Vaccination United Provinces of Agra and Oudh 1902-1913 - 1902-1913
Year: 1902
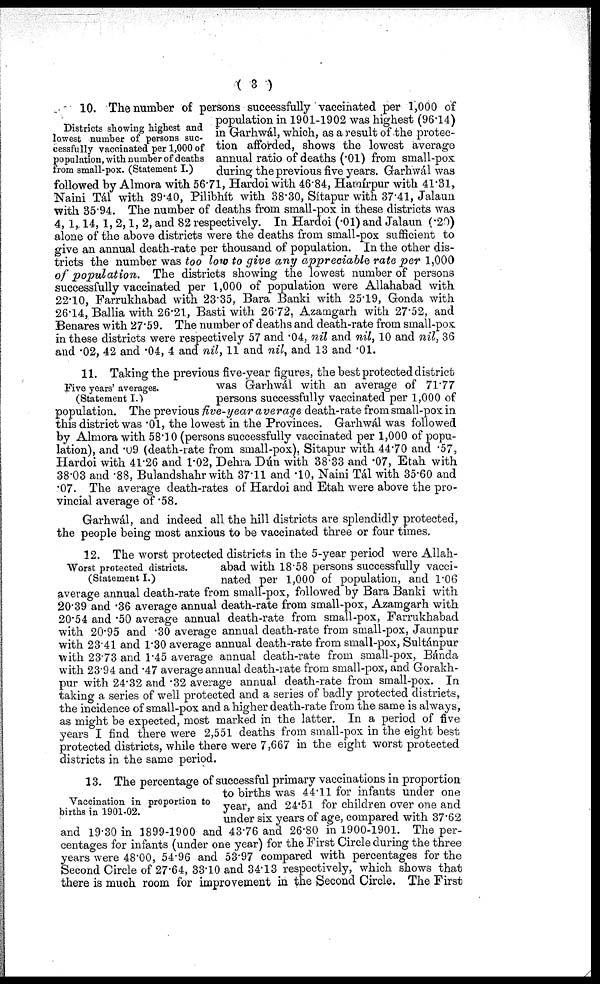
( 3 )
Districts showing highest and
lowest number of persons suc-
cessfully vaccinated per 1,000 of
population, with number of deaths
from small-pox. (Statement I.)
10. The number of persons successfully vaccinated per 1,000 of
population in 1901-1902 was highest (96.14)
in Garhwál, which, as a result of the protec-
tion afforded, shows the lowest average
annual ratio of deaths (.01) from small-pox
during the previous five years. Garhwál was
followed by Almora with 56.71, Hardoi with 46.84, Hamírpur with 41.31,
Naini Tál with 39.40, Pilibhít with 38.30, Sítapur with 37.41, Jalaun
with 35.94. The number of deaths from small-pox in these districts was
4, 1, 14, 1, 2, 1, 2, and 82 respectively. In Hardoi (.01) and Jalaun (.20)
alone of the above districts were the deaths from small-pox sufficient to
give an annual death-rate per thousand of population. In the other dis-
tricts the number was too low to give any appreciable rate per 1,000
of population.
The districts showing the lowest number of persons
successfully vaccinated per 1,000 of population were Allahabad with
22.10, Farrukhabad with 23.35, Bara Banki with 25.19, Gonda with
26.14, Ballia with 26.21, Basti with 26.72, Azamgarh with 27.52, and
Benares with 27.59. The number of deaths and death-rate from small-pox
in these districts were respectively 57 and .04, nil and nil, 10 and nil, 36
and .02, 42 and .04, 4 and nil, 11 and nil, and 13 and .01.
Five years' averages.
(Statement I.)
11. Taking the previous five-year figures, the best protected district
was Garhwál with an average of 71.77
persons successfully vaccinated per 1,000 of
population. The previous five-year average death-rate from small-pox in
this district was .01, the lowest in the Provinces. Garhwál was followed
by Almora with 58.10 (persons successfully vaccinated per 1,000 of popu-
lation), and .09 (death-rate from small-pox), Sitapur with 44.70 and .57,
Hardoi with 41.26 and 1.02, Dehra Dún with 38.33 and .07, Etah with
38.03 and .88, Bulandshahr with 37.11 and .10, Naini Tál with 35.60 and
.07. The average death-rates of Hardoi and Etah were above the pro-
vincial average of .58.
Garhwál, and indeed all the hill districts are splendidly protected,
the people being most anxious to be vaccinated three or four times.
Worst protected districts.
(Statement I.)
12. The worst protected districts in the 5-year period were Allah-
abad with 18.58 persons successfully vacci-
nated per 1,000 of population, and 1.06
average annual death-rate from small-pox, followed by Bara Banki with
20.39 and .36 average annual death-rate from small-pox, Azamgarh with
20.54 and .50 average annual death-rate from small-pox, Farrukhabad
with 20.95 and .30 average annual death-rate from small-pox, Jaunpur
with 23.41 and 1.30 average annual death-rate from small-pox, Sultánpur
with 23.73 and 1.45 average annual death-rate from small-pox, Bánda
with 23.94 and .47 average annual death-rate from small-pox, and Gorakh¬
pur with 24.32 and .32 average annual death-rate from small-pox. In
taking a series of well protected and a series of badly protected districts,
the incidence of small-pox and a higher death-rate from the same is always,
as might be expected, most marked in the latter. In a period of five
years I find there were 2,551 deaths from small-pox in the eight best
protected districts, while there were 7,667 in the eight worst protected
districts in the same period.
Vaccination in proportion to
births in 1901-02.
13. The percentage of successful primary vaccinations in proportion
to births was 44.11 for infants under one
year, and 24.51 for children over one and
under six years of age, compared with 37.62
and 19.30 in 1899-1900 and 43.76 and 26.80 in 1900-1901. The per-
centages for infants (under one year) for the First Circle during the three
years were 48.00, 54.96 and 53.97 compared with percentages for the
Second Circle of 27.64, 33.10 and 34.13 respectively, which shows that
there is much room for improvement in the Second Circle. The First